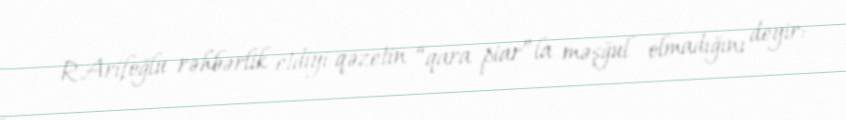
R.Arifoğlu rəhbərlik etdiyi qəzetin “qara piar”la məşğul olmadığını deyir: